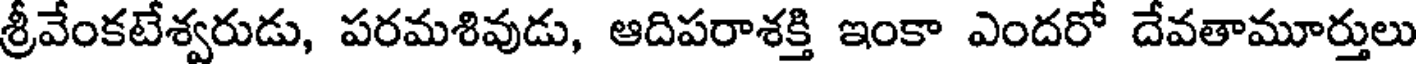
శ్రీవేంకటేశ్వరుడు, పరమశివుడు, ఆదిపరాశక్తి ఇంకా ఎందరో దేవతామూర్తులు